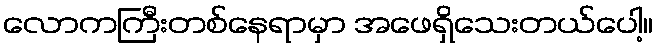
လောကကြီးတစ်နေရာမှာ အဖေရှိသေးတယ်ပေါ့။